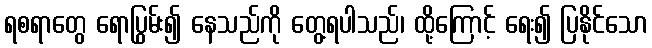
ရစရာတွေ ရောပြွမ်း၍ နေသည်ကို တွေ့ရပါသည်၊ ထို့ကြောင့် ရေး၍ ပြနိုင်သော